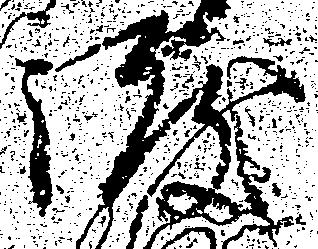
渡